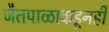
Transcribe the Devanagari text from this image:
जैतपाळाकडूनही